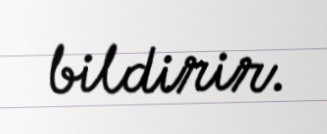
bildirir.